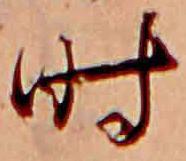
時